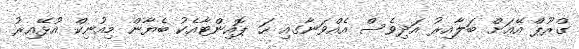
ގްރޫޕް އޭއަށް ބަލާއިރު އަދިވެސް އެއްވަނާގއި ހަ ޕޮއިންޓާއެކު ބެޔާން މިއުނިކް އުޅޭއިރު